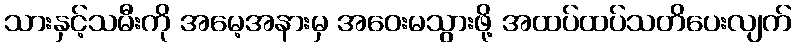
သားနှင့်သမီးကို အမေ့အနားမှ အဝေးမသွားဖို့ အထပ်ထပ်သတိပေးလျက်